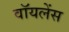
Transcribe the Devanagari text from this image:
वॉयलेंस